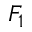
F _ { 1 }